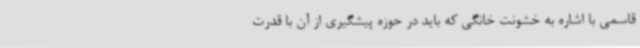
قاسمی با اشاره به خشونت خانگی که باید در حوزه پیشگیری از آن با قدرت